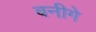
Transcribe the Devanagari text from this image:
बनीगे